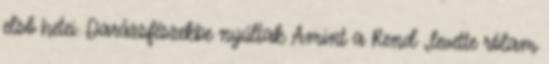
első hetei. Darázsfészekbe nyúltak Amint a Rend „levette rólam